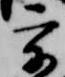
宇